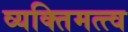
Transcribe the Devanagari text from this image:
व्यक्‍तिमत्त्व